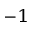
^ { - 1 }